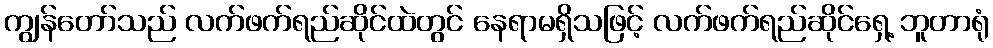
ကျွန်တော်သည် လက်ဖက်ရည်ဆိုင်ထဲတွင် နေရာမရှိသဖြင့် လက်ဖက်ရည်ဆိုင်ရှေ့ ဘူတာရုံ